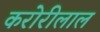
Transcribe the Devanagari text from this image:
करोरीलाल